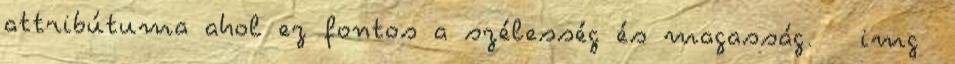
attribútuma ahol ez fontos a szélesség és magasság. img